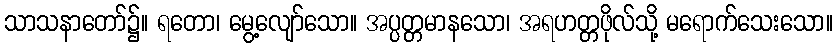
သာသနာတော်၌။ ရတော၊ မွေ့လျော်သော။ အပ္ပတ္တမာနသော၊ အရဟတ္တဖိုလ်သို့ မရောက်သေးသော။